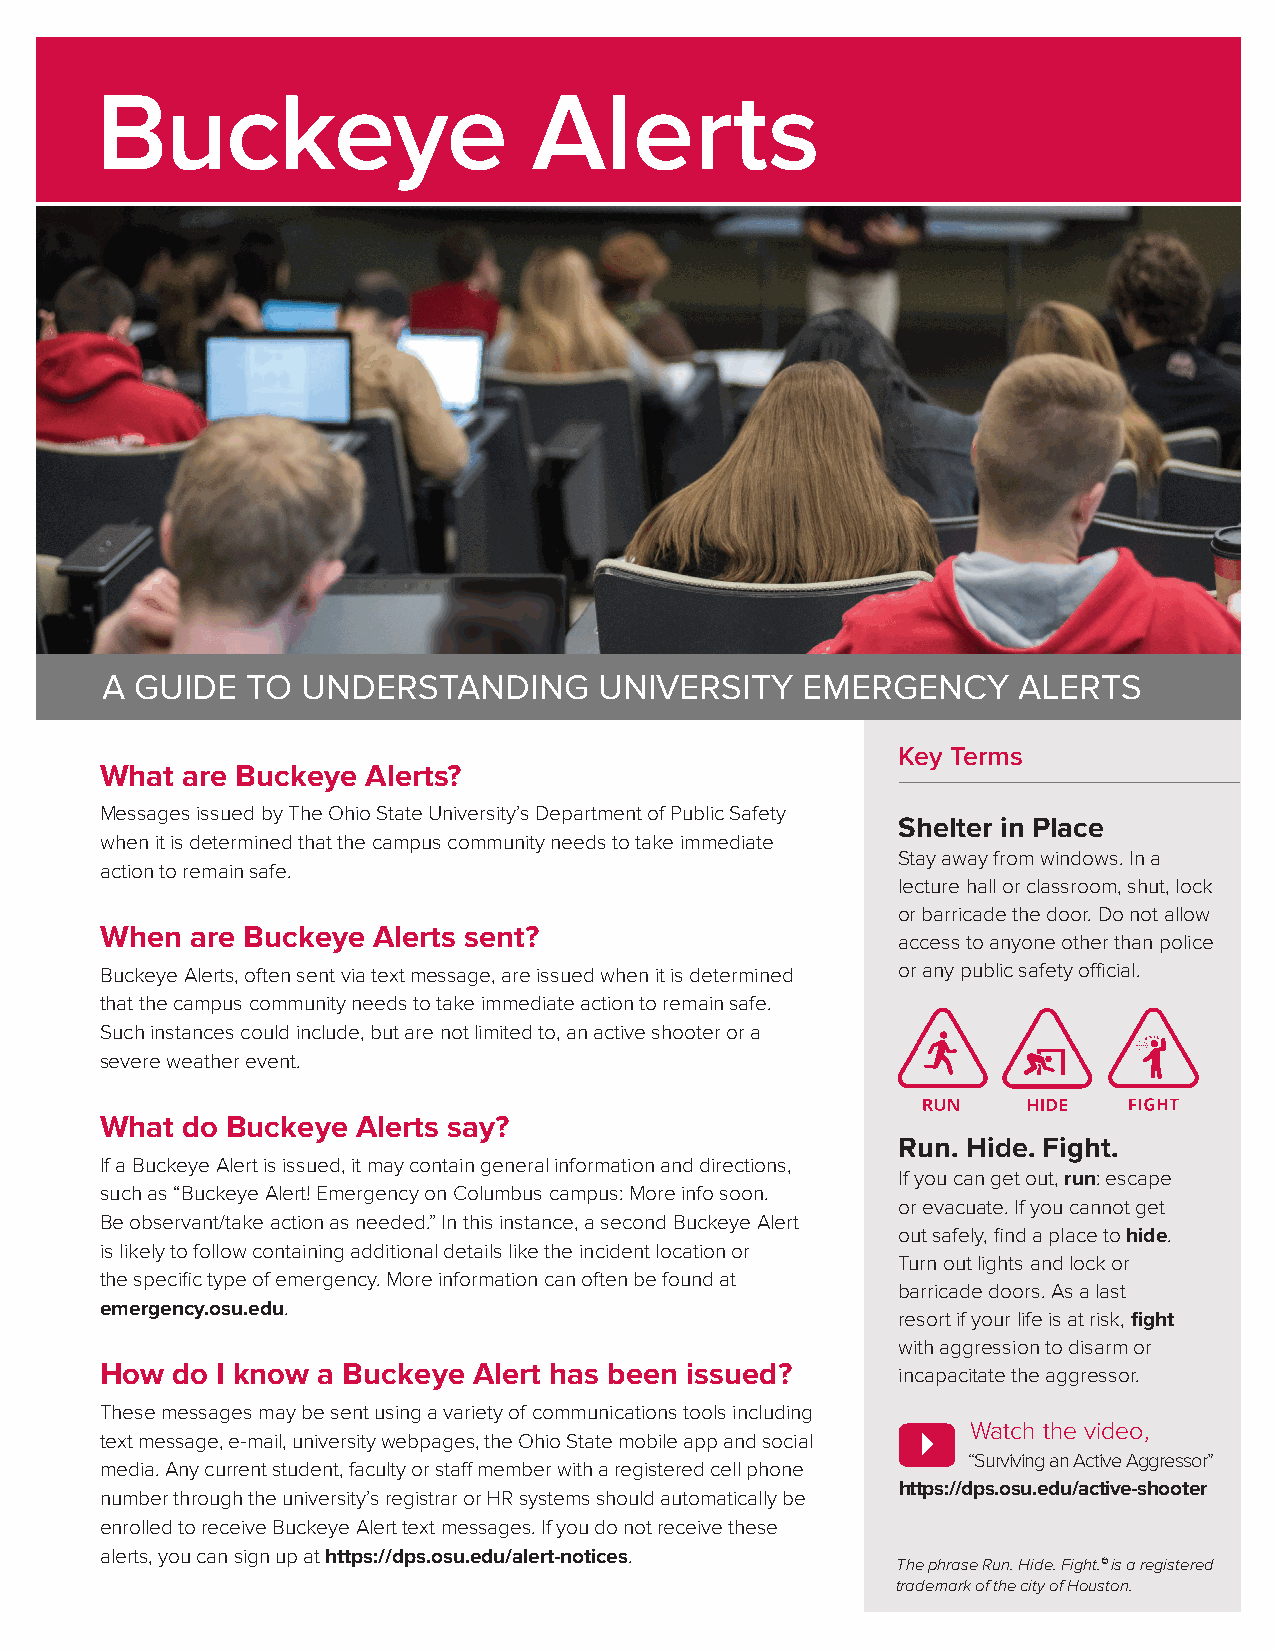
Buckeye                      Alerts
 A GUIDE  TO  UNDERSTANDING       UNIVERSITY   EMERGENCY     ALERTS
 Key Terms
 What are Buckeye Alerts?
 Messages issued by The Ohio State University’s Department of Public Safety
 Shelter in Place
 when it is determined that the campus community needs to take immediate
 Stay away from windows. In a
 action to remain safe.
 lecture hall or classroom, shut, lock
 or barricade the door. Do not allow
 When  are Buckeye Alerts sent?
 access to anyone other than police
 Buckeye Alerts, often sent via text message, are issued when it is determined or any public safety official.
 that the campus community needs to take immediate action to remain safe.
 Such instances could include, but are not limited to, an active shooter or a
 severe weather event.
 What do Buckeye  Alerts say?
 Run. Hide. Fight.
 If a Buckeye Alert is issued, it may contain general information and directions,
 If you can get out, run: escape
 such as “Buckeye Alert! Emergency on Columbus campus: More info soon.
 or evacuate. If you cannot get
 Be observant/take action as needed.” In this instance, a second Buckeye Alert
 out safely, find a place to hide.
 is likely to follow containing additional details like the incident location or
 Turn out lights and lock or
 the specific type of emergency. More information can often be found at
 barricade doors. As a last
 emergency.osu.edu.
 resort if your life is at risk, fight
 with aggression to disarm or
 How do I know a Buckeye Alert has been issued?      incapacitate the aggressor.
 These messages may be sent using a variety of communications tools including
 Watch the video,
 text message, e-mail, university webpages, the Ohio State mobile app and social
 “Surviving an Active Aggressor”
 media. Any current student, faculty or staff member with a registered cell phone
 https://dps.osu.edu/active-shooter
 number through the university’s registrar or HR systems should automatically be
 enrolled to receive Buckeye Alert text messages. If you do not receive these
 alerts, you can sign up at https://dps.osu.edu/alert-notices.
 The phrase Run. Hide. Fight.© is a registered
 trademark of the city of Houston.